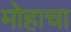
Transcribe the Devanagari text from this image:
मोहाचा